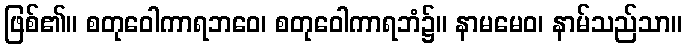
ဖြစ်၏။ စတုဝေါကာရဘဝေ၊ စတုဝေါကာရဘံ၌။ နာမမေဝ၊ နာမ်သည်သာ။